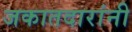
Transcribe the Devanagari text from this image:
जकातदारांनी